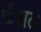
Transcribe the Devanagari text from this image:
चैंसठ